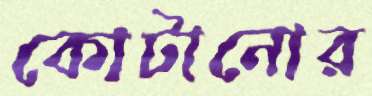
কোটানোর